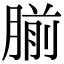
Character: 𫆨